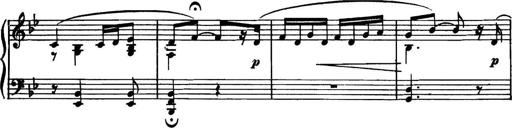
Title: Piano Sonatina in G minor
Composer: John Blackwood McEwen
Key: G minor